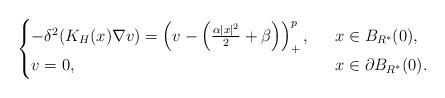
LaTeX: \begin{align*}\begin{cases}-\delta^2(K_H(x)\nabla v)= \left( v-\left( \frac{\alpha|x|^2}{2}+\beta\right) \right)^{p}_+,\ \ &x\in B_{R^*}(0),\\v=0,\ \ &x\in\partial B_{R^*}(0).\end{cases}\end{align*}